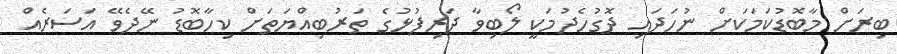
ބިރަށް މާބޮޑުކަމަކަށް ނުހަދައި ދޮގުހެދުމަކީ ލޯބިވާ ދަރިފުޅުގެ ތަރުބިއްޔަތަށް ކިހާބޮޑު ނޭދެވޭ އަސަރެއް